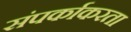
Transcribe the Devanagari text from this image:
संपर्काकरता